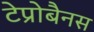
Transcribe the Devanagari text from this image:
टेप्रोबैनस